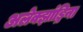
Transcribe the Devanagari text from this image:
अलेक्झांड्रिना